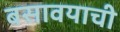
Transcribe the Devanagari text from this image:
बसावयाची